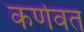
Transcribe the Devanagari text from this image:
कर्णवत